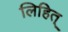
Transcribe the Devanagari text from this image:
लिहित्